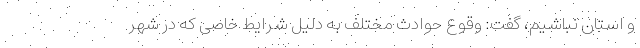
و استان نباشیم، گفت: وقوع حوادث مختلف به دلیل شرایط خاصی که در شهر